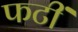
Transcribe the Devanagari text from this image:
फटीं